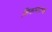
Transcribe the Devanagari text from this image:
शिकण्याच्‍या